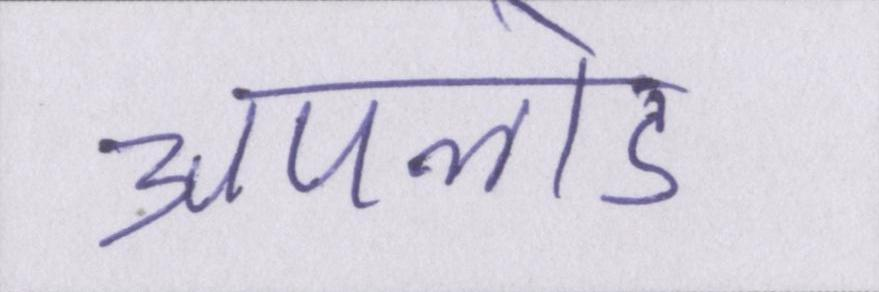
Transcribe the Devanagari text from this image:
अपलोड